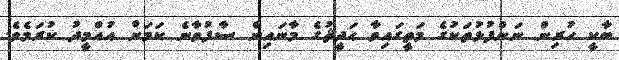
ބާކީ ހުރިން ނަންފުޅުތަކުގެ މަތީގައިވާ ޙަދީޘުގެ މާނައިން ސާފުވާނެ ކަމަށް އުއްމީދު ކުރަމެވެ.